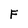
Character: F